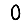
Digit: 0